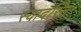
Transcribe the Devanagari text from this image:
स्यादस्ति